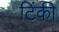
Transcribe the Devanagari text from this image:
टिंकी